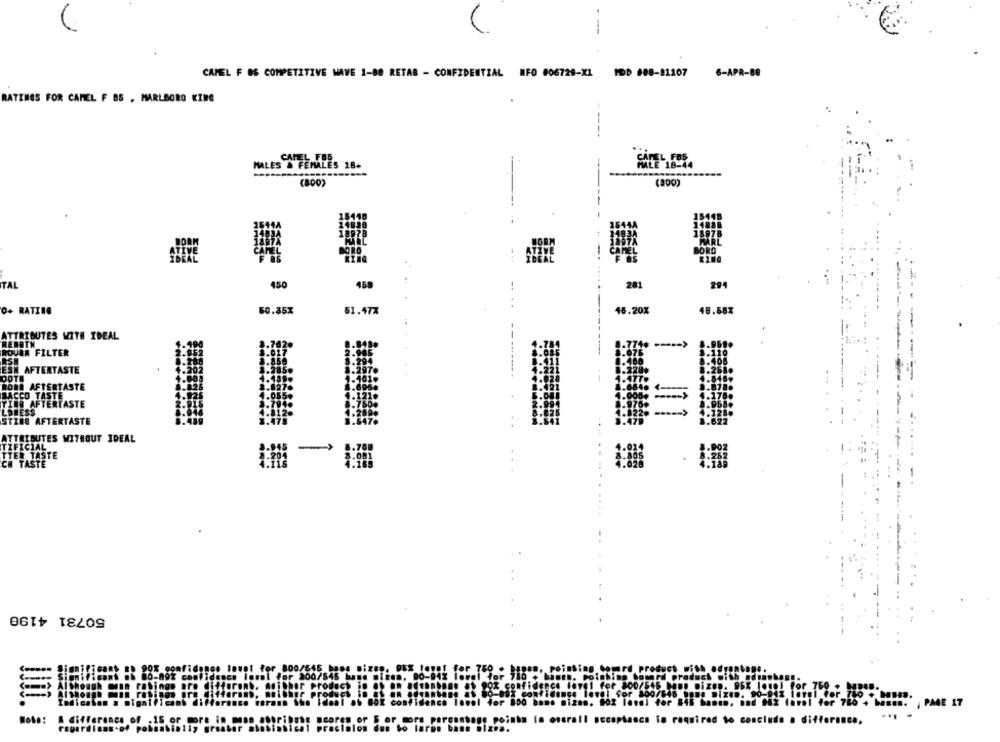
CAMEL F 86 COMPETITIVE MAVE 1-88 RETAS - CONFIDENTIAL NFO 006729-X1 MDD #88-81107
6-APR-88
RATINGS FOR CAMEL F BS . MARLBORO KING
MALES & FEMALES 18.
(800)
(300)
BORD
KING
450
201
TAL
458
294
0+ RATING
50.35X
51.47X
16.20%
18.587
ATTRIBUTES WITH IDEAL
REBOTH
ROUEN FILTER
ESH AFTERTASTE
OOTH
ROBE AFTERTASTE
SACCO TASTE
TINO AFTERTASTE
LDLESS
STING AFTERTASTE
ATTRIBUTES WITHOUT IDEAL
TIFICIAL
TTER TASTE
CH TASTE
50731 4198
Hola:
A difference of .15 or
cinta la overall necephanca io required to conclude a difference,